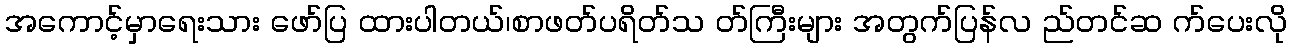
အကောင့်မှာရေးသား ဖော်ပြ ထားပါတယ်၊စာဖတ်ပရိတ်သ တ်ကြီးများ အတွက်ပြန်လ ည်တင်ဆ က်ပေးလို